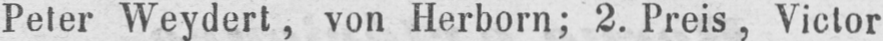
Peter Weydert, von Herborn; 2. Preis, Victor